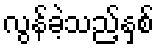
လွန်ခဲ့သည့်နှစ်